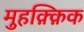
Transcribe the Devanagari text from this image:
मुहक़्क़िक